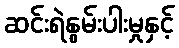
ဆင်းရဲနွမ်းပါးမှုနှင့်